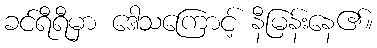
ခင်ရီရီမှာ ဒေါသကြောင့် နီမြန်းနေ၏။